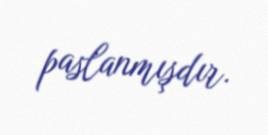
paslanmışdır.